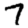
Digit: 7